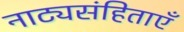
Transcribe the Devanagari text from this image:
नाट्यसंहिताएँ